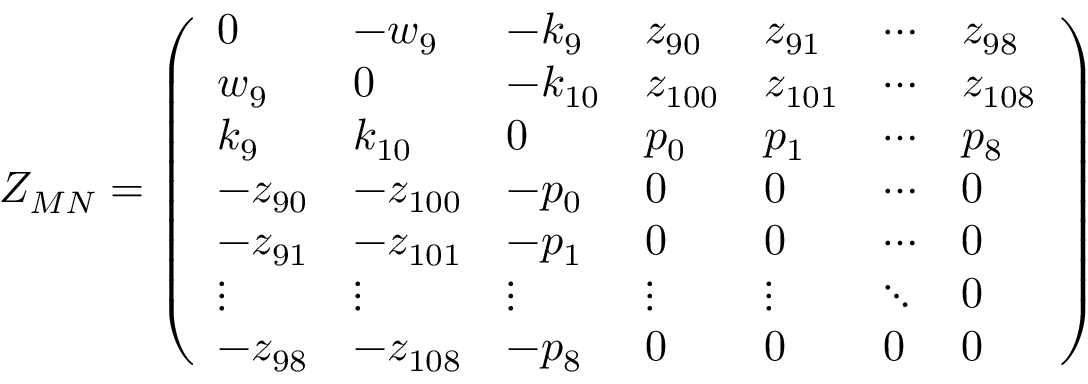
Z _ { M N } = \left( \begin{array} { l l l l l l l } { { 0 } } & { { - w _ { 9 } } } & { { - k _ { 9 } } } & { { z _ { 9 0 } } } & { { z _ { 9 1 } } } & { { \cdots } } & { { z _ { 9 8 } } } \\ { { w _ { 9 } } } & { { 0 } } & { { - k _ { 1 0 } } } & { { z _ { 1 0 0 } } } & { { z _ { 1 0 1 } } } & { { \cdots } } & { { z _ { 1 0 8 } } } \\ { { k _ { 9 } } } & { { k _ { 1 0 } } } & { { 0 } } & { { p _ { 0 } } } & { { p _ { 1 } } } & { { \cdots } } & { { p _ { 8 } } } \\ { { - z _ { 9 0 } } } & { { - z _ { 1 0 0 } } } & { { - p _ { 0 } } } & { { 0 } } & { { 0 } } & { { \cdots } } & { { 0 } } \\ { { - z _ { 9 1 } } } & { { - z _ { 1 0 1 } } } & { { - p _ { 1 } } } & { { 0 } } & { { 0 } } & { { \cdots } } & { { 0 } } \\ { { \vdots } } & { { \vdots } } & { { \vdots } } & { { \vdots } } & { { \vdots } } & { { \ddots } } & { { 0 } } \\ { { - z _ { 9 8 } } } & { { - z _ { 1 0 8 } } } & { { - p _ { 8 } } } & { { 0 } } & { { 0 } } & { { 0 } } & { { 0 } } \end{array} \right)